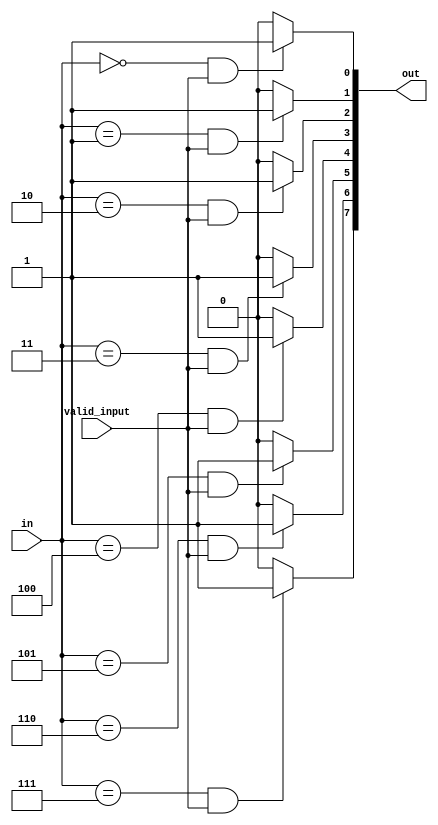
`timescale 1ns / 1ps
//////////////////////////////////////////////////////////////////////////////////
// Company: 
// Engineer: 
// 
// Design Name: 
// Module Name: one_hot_encoder
// Project Name: 
// Target Devices: 
// Tool Versions: 
// Description: 
// 
// Dependencies: 
// 
// Revision:
// Revision 0.01 - File Created
// Additional Comments:
// 
//////////////////////////////////////////////////////////////////////////////////


/** @module : one_hot_encoder
 *  @author : Adaptive & Secure Computing Systems (ASCS) Laboratory

 *  Copyright (c) 2018 BRISC-V (ASCS/ECE/BU)
 *  Permission is hereby granted, free of charge, to any person obtaining a copy
 *  of this software and associated documentation files (the "Software"), to deal
 *  in the Software without restriction, including without limitation the rights
 *  to use, copy, modify, merge, publish, distribute, sublicense, and/or sell
 *  copies of the Software, and to permit persons to whom the Software is
 *  furnished to do so, subject to the following conditions:
 *  The above copyright notice and this permission notice shall be included in
 *  all copies or substantial portions of the Software.

 *  THE SOFTWARE IS PROVIDED "AS IS", WITHOUT WARRANTY OF ANY KIND, EXPRESS OR
 *  IMPLIED, INCLUDING BUT NOT LIMITED TO THE WARRANTIES OF MERCHANTABILITY,
 *  FITNESS FOR A PARTICULAR PURPOSE AND NONINFRINGEMENT. IN NO EVENT SHALL THE
 *  AUTHORS OR COPYRIGHT HOLDERS BE LIABLE FOR ANY CLAIM, DAMAGES OR OTHER
 *  LIABILITY, WHETHER IN AN ACTION OF CONTRACT, TORT OR OTHERWISE, ARISING FROM,
 *  OUT OF OR IN CONNECTION WITH THE SOFTWARE OR THE USE OR OTHER DEALINGS IN
 *  THE SOFTWARE.
 */

module one_hot_encoder #(
parameter WIDTH = 8	// Width of the encoded output
) (
in,
valid_input,
out 
);

//Define the log2 function
function integer log2;
input integer value;
begin
  value = value-1;
  for(log2=0; value>0; log2=log2+1)
    value = value >> 1;
end
endfunction

input  [log2(WIDTH)-1 : 0] in;
input             valid_input;
output [WIDTH-1 : 0]      out;

genvar i;

generate
  for(i=0; i<WIDTH; i=i+1)begin : ENCODED_BITS
    assign out[i] = (in == i) & valid_input ? 1'b1 : 1'b0;
  end
endgenerate

endmodule